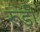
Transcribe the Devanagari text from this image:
रूड़ी